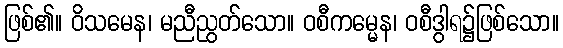
ဖြစ်၏။ ဝိသမေန၊ မညီညွတ်သော။ ဝစီကမ္မေန၊ ဝစီဒွါရ၌ဖြစ်သော။